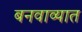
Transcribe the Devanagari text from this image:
बनवाव्यात